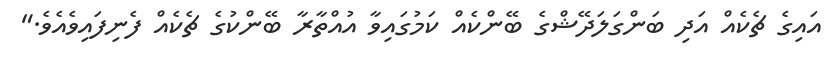
އައިގެ ޗެކެއް އަދި ބަންގަލަދޭޝްގެ ބޭންކެއް ކަމުގައިވާ އުއްތާރާ ބޭންކުގެ ޗެކެއް ފެނިފައިވެއެވެ."